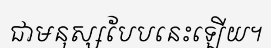
ជាមនុស្សបែបនេះឡើយ។